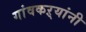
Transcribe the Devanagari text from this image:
गांवकऱ्यांनी